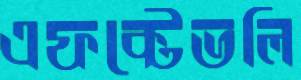
এফক্টেভলি